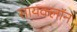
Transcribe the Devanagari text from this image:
सायक्लॉन